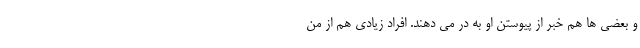
و بعضی ها هم خبر از پیوستن او به در می دهند. افراد زیادی هم از من